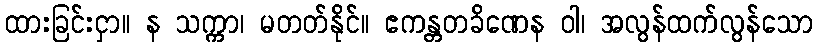
ထားခြင်းငှာ။ န သက္ကာ၊ မတတ်နိုင်။ ဧကန္တတခိဏေန ဝါ၊ အလွန်ထက်လွန်သော